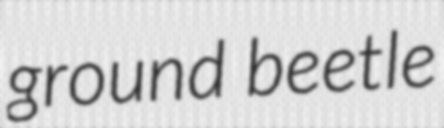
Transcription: ground beetle